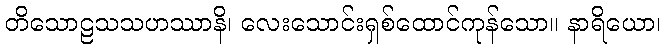
တိသောဠသသဟဿာနိ၊ လေးသောင်းရှစ်ထောင်ကုန်သော။ နာရိယော၊